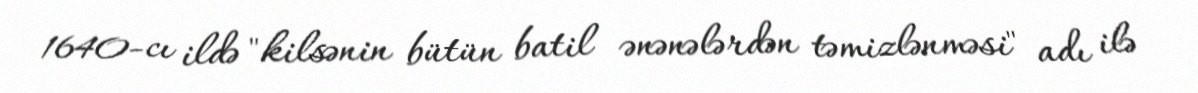
1640-cı ildə "kilsənin bütün batil ənənələrdən təmizlənməsi" adı ilə